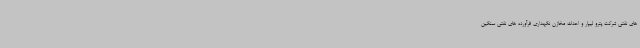
های نفتی شرکت پترو لیپار و احداث مخازن نگهداری فرآورده های نفتی سنگین